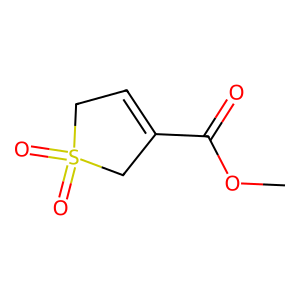
SMILES: COC(=O)C1=CCS(=O)(=O)C1
Inhibits HIV replication: No